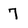
Character: 7